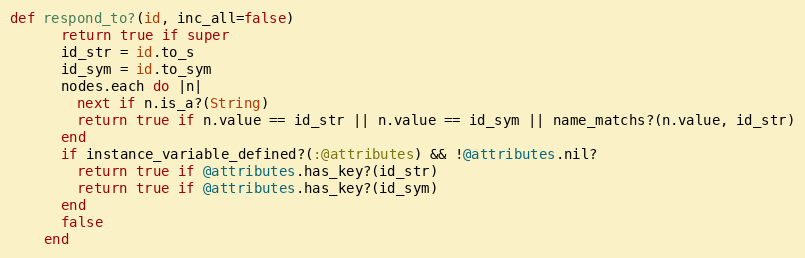
Language: Ruby
def respond_to?(id, inc_all=false)
      return true if super
      id_str = id.to_s
      id_sym = id.to_sym
      nodes.each do |n|
        next if n.is_a?(String)
        return true if n.value == id_str || n.value == id_sym || name_matchs?(n.value, id_str)
      end
      if instance_variable_defined?(:@attributes) && !@attributes.nil?
        return true if @attributes.has_key?(id_str)
        return true if @attributes.has_key?(id_sym)
      end
      false
    end